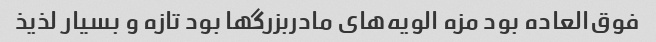
فوق‌العاده بود مزه الویه‌های مادربزرگها بود‌ تازه و بسیار لذیذ